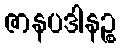
ဇာနပဒါနဉ္စ